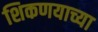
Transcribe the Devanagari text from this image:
शिकणयाच्या